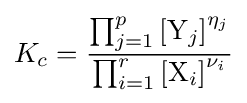
K_{c}={\frac {\prod _{j=1}^{p}\left[\mathrm {Y} _{j}\right]^{\eta _{j}}}{\prod _{i=1}^{r}\left[\mathrm {X} _{i}\right]^{\nu _{i}}}}